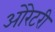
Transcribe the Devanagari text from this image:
ओरेटरी